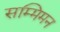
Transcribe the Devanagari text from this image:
सम्मिमन